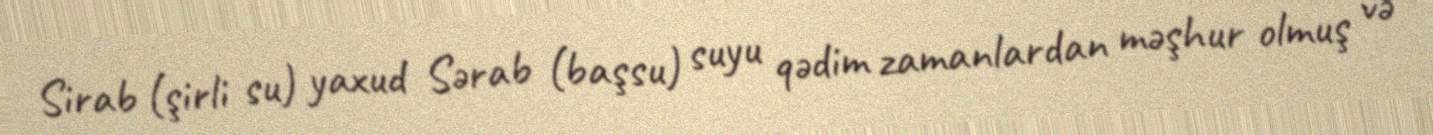
Sirab (şirli su) yaxud Sərab (başsu) suyu qədim zamanlardan məşhur olmuş və